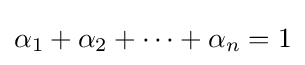
\alpha _{1}+\alpha _{2}+\cdots +\alpha _{n}=1